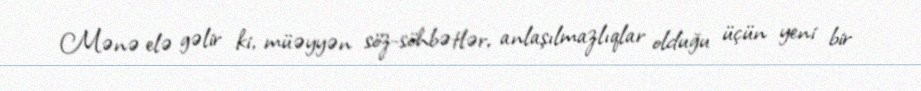
Mənə elə gəlir ki, müəyyən söz-söhbətlər, anlaşılmazlıqlar olduğu üçün yeni bir